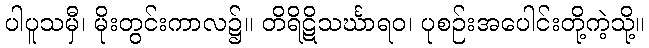
ပါပူသမှီ၊ မိုးတွင်းကာလ၌။ တိရိဋိသင်္ဃာရဝ၊ ပုစဉ်းအပေါင်းတို့ကဲ့သို့။